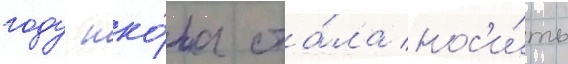
году шко́ла ста́ла нос'и́ть